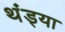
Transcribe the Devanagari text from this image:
थंड्या